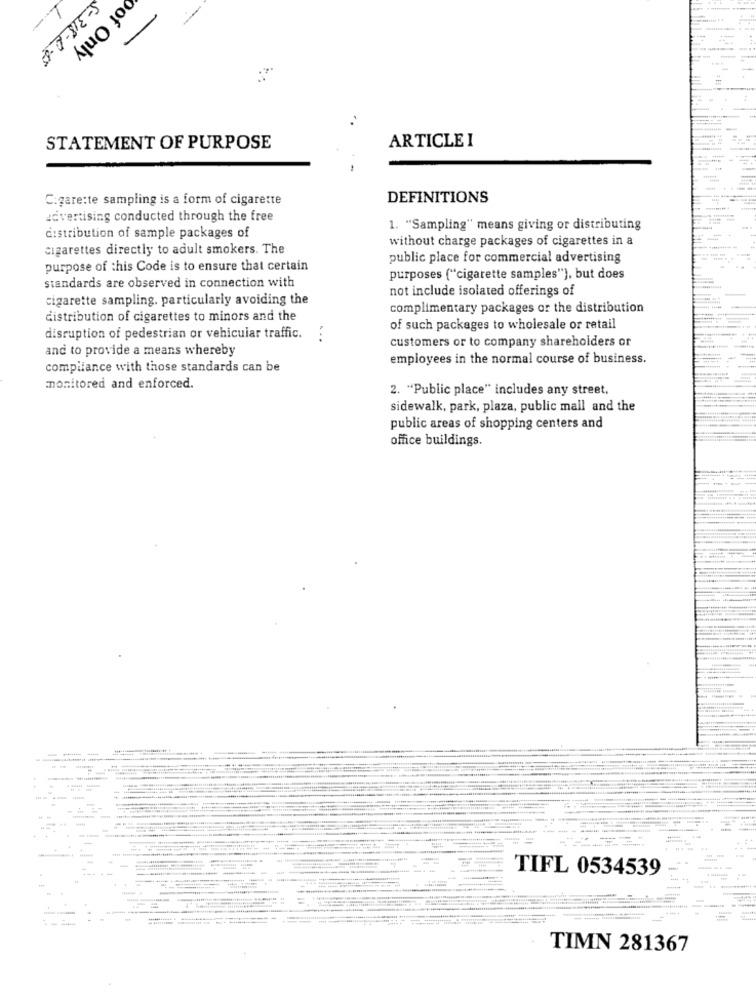
S-318-6-85
oof Only
ARTICLE I
STATEMENT OF PURPOSE
C:gare:te sampling is a form of cigarette
DEFINITIONS
advertising conducted through the free
1. "Sampling" means giving or distributing
distribution of sample packages of
without charge packages of cigarettes in a
cigarettes directly to adult smokers. The
public place for commercial advertising
purpose of this Code is to ensure that certain
standards are observed in connection with
purposes ("cigarette samples"), but does
not include isolated offerings of
cigarette sampling. particularly avoiding the
complimentary packages or the distribution
distribution of cigarettes to minors and the
of such packages to wholesale or retail
disruption of pedestrian or vehicular traffic.
. ..
customers or to company shareholders or
and to provide a means whereby
employees in the normal course of business.
compliance with those standards can be
monitored and enforced.
2. "Public place" includes any street,
sidewalk, park, plaza, public mall and the
public areas of shopping centers and
office buildings.
-
.........
TIFL 0534539
---
TIMN 281367